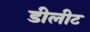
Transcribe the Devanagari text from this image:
डीलीट